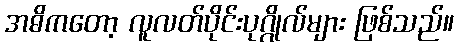
အဓိကတော့ လူလတ်ပိုင်းပုဂ္ဂိုလ်များ ဖြစ်သည်။